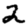
Digit: 2